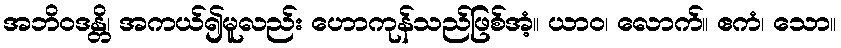
အဘိဝဒန္တိ၊ အကယ်၍မူလည်း ဟောကုန်သည်ဖြစ်အံ့။ ယာဝ၊ လောက်။ ဧကံ၊ သော။